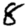
Digit: 8